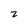
Character: 2